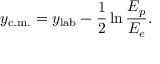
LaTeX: y _ { \mathrm { c . m . } } = y _ { \mathrm { l a b } } - { \frac { 1 } { 2 } } \ln { \frac { E _ { p } } { E _ { e } } } .